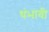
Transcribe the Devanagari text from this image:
थंभावी